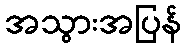
အသွားအပြန်